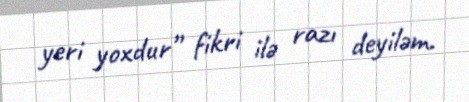
yeri yoxdur” fikri ilə razı deyiləm.